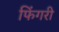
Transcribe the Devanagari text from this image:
फिंगरी